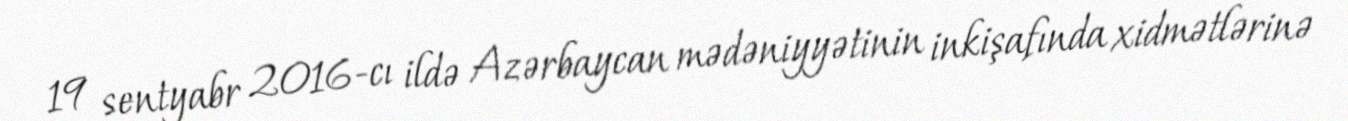
19 sentyabr 2016-cı ildə Azərbaycan mədəniyyətinin inkişafında xidmətlərinə